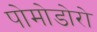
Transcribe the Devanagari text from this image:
पोमोडोरो